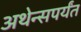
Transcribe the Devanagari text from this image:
अथेन्सपर्यंत